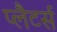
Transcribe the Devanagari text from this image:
प्लैटर्स